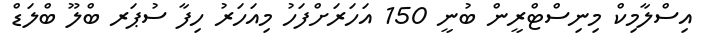
އިސްލާމިކް މިނިސްޓްރީން ބުނީ 150 އަހަރަށްފަހު މިއަހަރު ހިފާ ސުޕަރ ބްލޫ ބްލަޑް